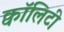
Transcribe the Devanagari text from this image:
क्वॉलिटी